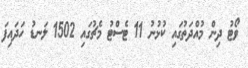
ވޯޓު ދިން މުއްދަތުގައި ކުޅުނު 11 ޓެސްޓު މެޗުގައި 1502 ލަނޑު ހަދައިފަ